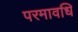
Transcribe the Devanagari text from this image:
परमावधि